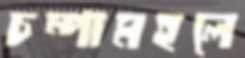
চম্পামহলে